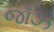
જૉઝ